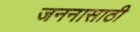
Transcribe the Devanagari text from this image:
जननासाठी